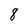
Character: 8